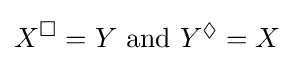
X^{\Box }=Y{\mbox{ and }}Y^{\Diamond }=X